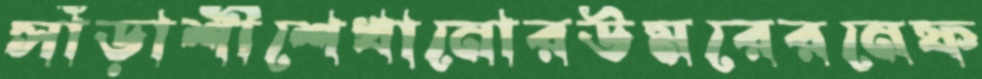
সাঁড়াশীশেখানোরউমরেরনেফ